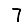
Digit: 7